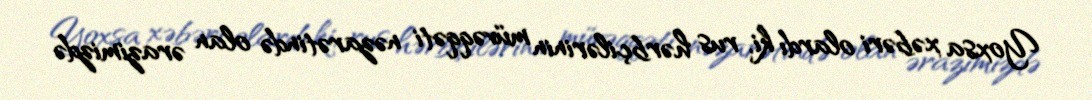
Yoxsa xəbəri olardı ki, rus hərbçilərinin müvəqqəti nəzarətində olan ərazimizdə